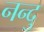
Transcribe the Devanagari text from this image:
नन्दु